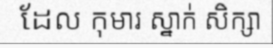
ដែល កុមារ ស្នាក់ សិក្សា